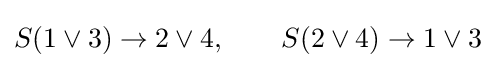
S(1\lor 3)\to 2\lor 4,\qquad S(2\lor 4)\to 1\lor 3